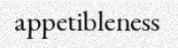
appetibleness